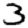
Digit: 3